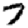
Digit: 7